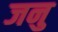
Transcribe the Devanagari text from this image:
जनु